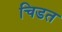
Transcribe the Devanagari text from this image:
चिडत